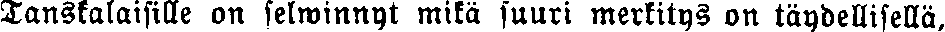
Tanskalaisille on selwinnyt mikä suuri merkitys on täydellisellä,